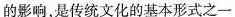
的影响，是传统文化的基本形式之一